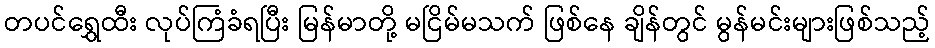
တပင်ရွှေထီး လုပ်ကြံခံရပြီး မြန်မာတို့ မငြိမ်မသက် ဖြစ်နေ ချိန်တွင် မွန်မင်းများဖြစ်သည့်